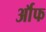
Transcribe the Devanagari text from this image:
र्ऑफ